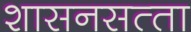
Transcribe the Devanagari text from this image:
शासनसत्‍ता